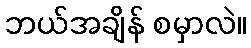
ဘယ်အချိန် စမှာလဲ။